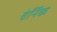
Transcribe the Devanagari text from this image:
वेर्निक